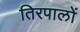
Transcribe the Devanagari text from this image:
तिरपालों